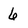
Character: 6